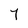
Character: Y